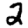
Digit: 2